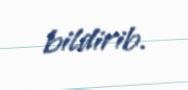
bildirib.